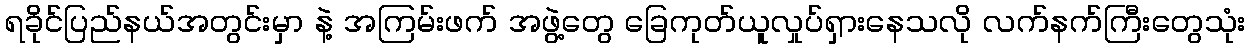
ရခိုင်ပြည်နယ်အတွင်းမှာ နဲ့ အကြမ်းဖက် အဖွဲ့တွေ ခြေကုတ်ယူလှုပ်ရှားနေသလို လက်နက်ကြီးတွေသုံး